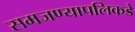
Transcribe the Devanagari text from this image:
समजण्यापलिकडे